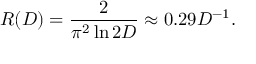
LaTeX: R ( D ) = { \frac { 2 } { \pi ^ { 2 } \ln 2 D } } \approx 0 . 2 9 D ^ { - 1 } .